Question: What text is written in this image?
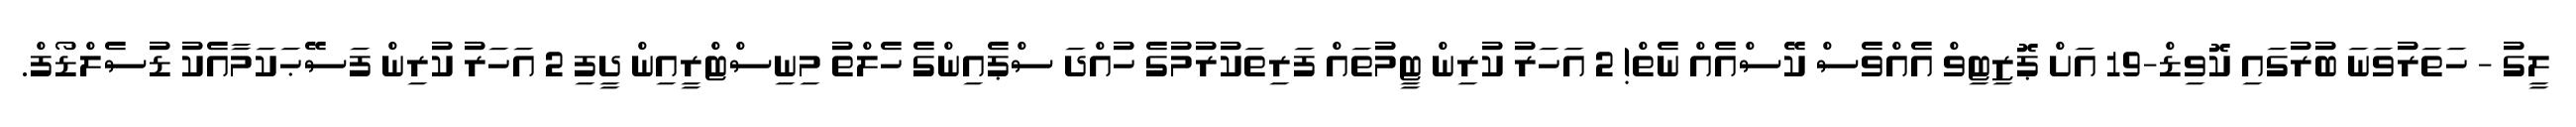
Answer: ލީގު - ހަތަރުވަނަ ބުރުގައި ކޮވިޑް-19 އަށް ޕޮޒިޓިވް އެއްވެސް ކޭސްއެއް ނެތް! 2 އަހަރު ކުރިން ޓީމުތައް ފަރިތަކުރުމުގެ ހުއްދަ ސްޕެއިންގެ ހެލްތު މިނިސްޓްރީއިން ދީފި 2 އަހަރު ކުރިން ފަސޭޙަކަމާއެކު ޑުސެލްޑޯފް.